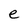
Character: e